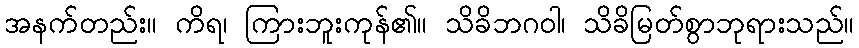
အနက်တည်း။ ကိရ၊ ကြားဘူးကုန်၏။ သိခိဘဂဝါ၊ သိခိမြတ်စွာဘုရားသည်။